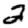
Digit: 2